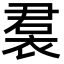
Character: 裠